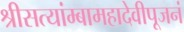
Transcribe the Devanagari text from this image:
श्रीसत्यांम्बामहादेवीपूजनं